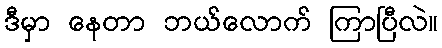
ဒီမှာ နေတာ ဘယ်လောက် ကြာပြီလဲ။